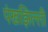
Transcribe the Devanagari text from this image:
पंखझिल्ली